Indian journal of veterinary science and animal husbandry - Volumes 18-21, 1948-1951
Year: 1948
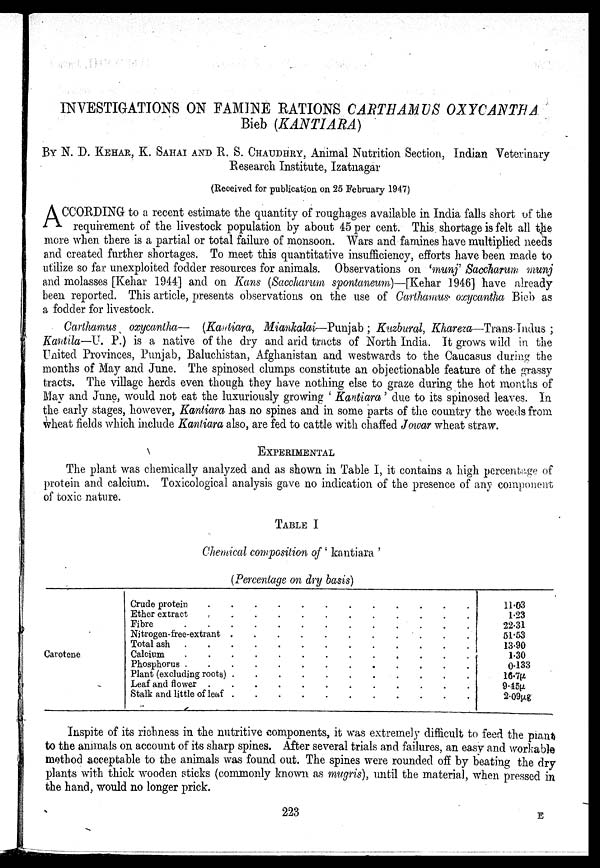
INVESTIGATIONS ON FAMINE RATIONS CARTHAMUS OXYCANTHA
Bieb (KANTIARA)
BY N. D. KEHAR, K. SAHAI AND R. S. CHAUDHRY, Animal Nutrition Section, Indian Veterinary
Research Institute, Izatnagar
(Received for publication on 25 February 1947)
A CCORDING to a recent estimate the quantity of roughages available in India falls short of the
requirement of the livestock population by about 45 per cent. This shortage is felt all the
more when there is a partial or total failure of monsoon. Wars and famines have multiplied needs
and created further shortages. To meet this quantitative insufficiency, efforts have been made to
utilize so far unexploited fodder resources for animals. Observations on 'munj' Saccharum munj
and molasses [Kehar 1944] and on Kans (Saccharum spontaneum)—[Kehar 1946] have already
been reported. This article, presents observations on the use of Carthamus. oxycantha Bieb as
a fodder for livestock.
Carthamus oxycantha— (Kantiara, Miankalai—Punjab ; Kuzbural, Khareza—Trans-Indus ;
Kantila—U. P.) is a native of the dry and arid tracts of North India. It grows wild in the
United Provinces, Punjab, Baluchistan, Afghanistan and westwards to the Caucasus during the
months of May and June. The spinosed clumps constitute an objectionable feature of the grassy
tracts. The village herds even though they have nothing else to graze during the hot months of
May and June, would not eat the luxuriously growing ' Kantiara ' due to its spinosed leaves. In
the early stages, however, Kantiara has no spines and in some parts of the country the weeds from
wheat fields which include Kantiara also, are fed to cattle with chaffed Jowar wheat straw.
EXPERIMENTAL
The plant was chemically analyzed and as shown in Table I, it contains a high percentage of
protein and calcium. Toxicological analysis gave no indication of the presence of any component
of toxic nature.
TABLE I
Chemical composition of ' kantiara
(Percentage on dry basis)
Carotene
Crude protein
............
Ether extract
............
Fibre
Nitrogen-free-extrant
...........
Total ash
Calcium
Phosphorus
Plant (excluding roots)
Leaf and
flower
............
Stalk and little of leaf
11.03
1.23
22.31
51.53
13.90
1.30
0.133
16.7µ
9.45µ
2.09µg
Inspite of its richness in the nutritive components, it was extremely difficult to feed the plant
to the animals on account of its sharp spines. After several trials and failures, an easy and workable
method acceptable to the animals was found out. The spines were rounded off by beating the dry
plants with thick wooden sticks (commonly known as mugris), until the material, when pressed in
the hand, would no longer prick.
223
E